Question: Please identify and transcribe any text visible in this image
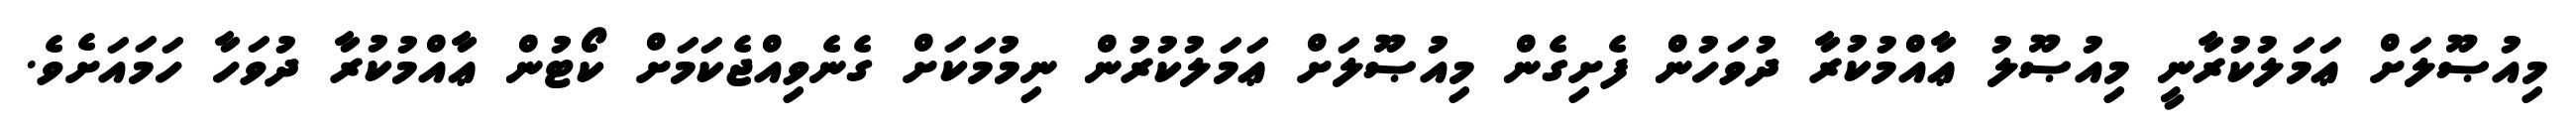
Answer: މިއުޞޫލަށް ޢަމަލުކުރާނީ މިއުޞޫލު ޢާއްމުކުރާ ދުވަހުން ފެށިގެން މިއުޞޫލަށް ޢަމަލުކުރުން ނިމުމަކަށް ގެނެވިއްޖެކަމަށް ކޯޓުން ޢާއްމުކުރާ ދުވަހާ ހަމައަށެވެ.